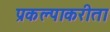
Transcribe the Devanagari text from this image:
प्रकल्पाकरीता